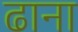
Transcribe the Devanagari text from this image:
ढाना